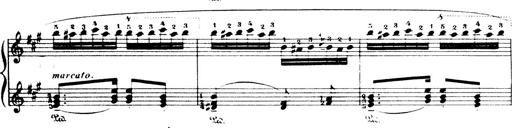
Title: Wagner-Liszt Album
Composer: Franz Liszt